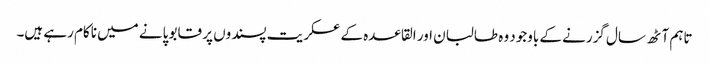
تاہم آٹھ سال گزرنے کے باوجود وہ طالبان اور القاعدہ کے عسکریت پسندوں پر قابو پانے میں ناکام رہے ہیں۔